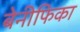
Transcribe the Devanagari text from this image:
बेनीफिका